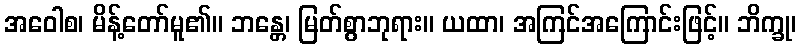
အဝေါစ၊ မိန့်တော်မူ၏။ ဘန္တေ၊ မြတ်စွာဘုရား။ ယထာ၊ အကြင်အကြောင်းဖြင့်။ ဘိက္ခု၊